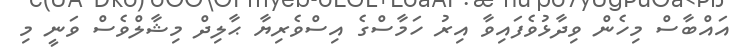
އައްބާސް މިހެން ވިދާޅުވެފައިވާ އިރު ހަމާސްގެ އިސްވެރިޔާ ޙާލިދް މިޝާލްވެސް ވަނީ މި